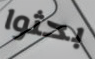
بحثوا